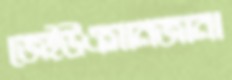
জেইউএসানজানা